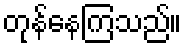
တုန်နေကြသည်။